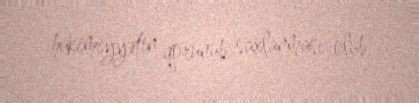
hakimiyyətin qorunub saxlanması olub.